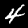
Digit: 4